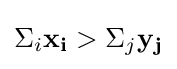
\Sigma _{i}\mathbf {x_{i}} >\Sigma _{j}\mathbf {y_{j}}